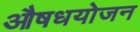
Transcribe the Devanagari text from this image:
औषधयोजन